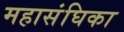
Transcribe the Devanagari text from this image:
महासंघिका